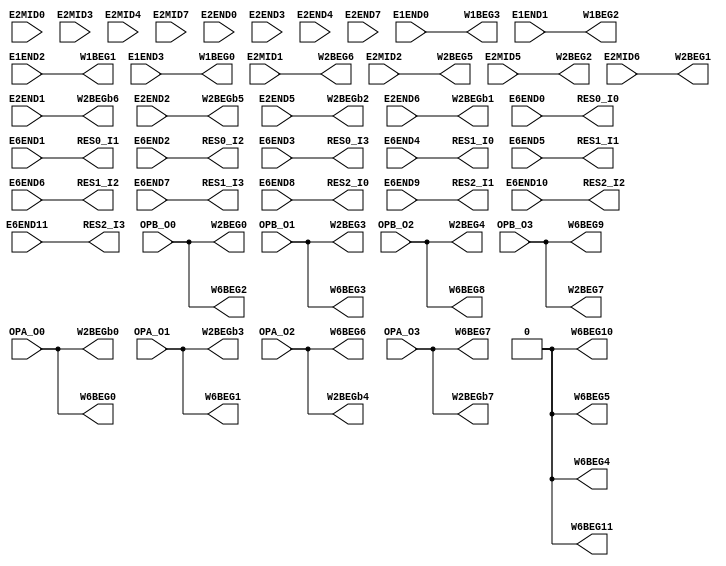
// Copyright 2021 University of Manchester
//
// Licensed under the Apache License, Version 2.0 (the "License");
// you may not use this file except in compliance with the License.
// You may obtain a copy of the License at
//
//      http://www.apache.org/licenses/LICENSE-2.0
//
// Unless required by applicable law or agreed to in writing, software
// distributed under the License is distributed on an "AS IS" BASIS,
// WITHOUT WARRANTIES OR CONDITIONS OF ANY KIND, either express or implied.
// See the License for the specific language governing permissions and
// limitations under the License.

//NumberOfConfigBits:0
module CPU_IO_switch_matrix (E1END0, E1END1, E1END2, E1END3, E2MID0, E2MID1, E2MID2, E2MID3, E2MID4, E2MID5, E2MID6, E2MID7, E2END0, E2END1, E2END2, E2END3, E2END4, E2END5, E2END6, E2END7, E6END0, E6END1, E6END2, E6END3, E6END4, E6END5, E6END6, E6END7, E6END8, E6END9, E6END10, E6END11, OPA_O0, OPA_O1, OPA_O2, OPA_O3, OPB_O0, OPB_O1, OPB_O2, OPB_O3, W1BEG0, W1BEG1, W1BEG2, W1BEG3, W2BEG0, W2BEG1, W2BEG2, W2BEG3, W2BEG4, W2BEG5, W2BEG6, W2BEG7, W2BEGb0, W2BEGb1, W2BEGb2, W2BEGb3, W2BEGb4, W2BEGb5, W2BEGb6, W2BEGb7, W6BEG0, W6BEG1, W6BEG2, W6BEG3, W6BEG4, W6BEG5, W6BEG6, W6BEG7, W6BEG8, W6BEG9, W6BEG10, W6BEG11, RES0_I0, RES0_I1, RES0_I2, RES0_I3, RES1_I0, RES1_I1, RES1_I2, RES1_I3, RES2_I0, RES2_I1, RES2_I2, RES2_I3);
	parameter NoConfigBits = 0;
	 // switch matrix inputs
	input E1END0;
	input E1END1;
	input E1END2;
	input E1END3;
	input E2MID0;
	input E2MID1;
	input E2MID2;
	input E2MID3;
	input E2MID4;
	input E2MID5;
	input E2MID6;
	input E2MID7;
	input E2END0;
	input E2END1;
	input E2END2;
	input E2END3;
	input E2END4;
	input E2END5;
	input E2END6;
	input E2END7;
	input E6END0;
	input E6END1;
	input E6END2;
	input E6END3;
	input E6END4;
	input E6END5;
	input E6END6;
	input E6END7;
	input E6END8;
	input E6END9;
	input E6END10;
	input E6END11;
	input OPA_O0;
	input OPA_O1;
	input OPA_O2;
	input OPA_O3;
	input OPB_O0;
	input OPB_O1;
	input OPB_O2;
	input OPB_O3;
	output W1BEG0;
	output W1BEG1;
	output W1BEG2;
	output W1BEG3;
	output W2BEG0;
	output W2BEG1;
	output W2BEG2;
	output W2BEG3;
	output W2BEG4;
	output W2BEG5;
	output W2BEG6;
	output W2BEG7;
	output W2BEGb0;
	output W2BEGb1;
	output W2BEGb2;
	output W2BEGb3;
	output W2BEGb4;
	output W2BEGb5;
	output W2BEGb6;
	output W2BEGb7;
	output W6BEG0;
	output W6BEG1;
	output W6BEG2;
	output W6BEG3;
	output W6BEG4;
	output W6BEG5;
	output W6BEG6;
	output W6BEG7;
	output W6BEG8;
	output W6BEG9;
	output W6BEG10;
	output W6BEG11;
	output RES0_I0;
	output RES0_I1;
	output RES0_I2;
	output RES0_I3;
	output RES1_I0;
	output RES1_I1;
	output RES1_I2;
	output RES1_I3;
	output RES2_I0;
	output RES2_I1;
	output RES2_I2;
	output RES2_I3;
	//global


	parameter GND0 = 1'b0;
	parameter GND = 1'b0;
	parameter VCC0 = 1'b1;
	parameter VCC = 1'b1;
	parameter VDD0 = 1'b1;
	parameter VDD = 1'b1;
	
	wire [1 -1:0]W1BEG0_input;
	wire [1 -1:0]W1BEG1_input;
	wire [1 -1:0]W1BEG2_input;
	wire [1 -1:0]W1BEG3_input;
	wire [1 -1:0]W2BEG0_input;
	wire [1 -1:0]W2BEG1_input;
	wire [1 -1:0]W2BEG2_input;
	wire [1 -1:0]W2BEG3_input;
	wire [1 -1:0]W2BEG4_input;
	wire [1 -1:0]W2BEG5_input;
	wire [1 -1:0]W2BEG6_input;
	wire [1 -1:0]W2BEG7_input;
	wire [1 -1:0]W2BEGb0_input;
	wire [1 -1:0]W2BEGb1_input;
	wire [1 -1:0]W2BEGb2_input;
	wire [1 -1:0]W2BEGb3_input;
	wire [1 -1:0]W2BEGb4_input;
	wire [1 -1:0]W2BEGb5_input;
	wire [1 -1:0]W2BEGb6_input;
	wire [1 -1:0]W2BEGb7_input;
	wire [1 -1:0]W6BEG0_input;
	wire [1 -1:0]W6BEG1_input;
	wire [1 -1:0]W6BEG2_input;
	wire [1 -1:0]W6BEG3_input;
	wire [1 -1:0]W6BEG4_input;
	wire [1 -1:0]W6BEG5_input;
	wire [1 -1:0]W6BEG6_input;
	wire [1 -1:0]W6BEG7_input;
	wire [1 -1:0]W6BEG8_input;
	wire [1 -1:0]W6BEG9_input;
	wire [1 -1:0]W6BEG10_input;
	wire [1 -1:0]W6BEG11_input;
	wire [1 -1:0]RES0_I0_input;
	wire [1 -1:0]RES0_I1_input;
	wire [1 -1:0]RES0_I2_input;
	wire [1 -1:0]RES0_I3_input;
	wire [1 -1:0]RES1_I0_input;
	wire [1 -1:0]RES1_I1_input;
	wire [1 -1:0]RES1_I2_input;
	wire [1 -1:0]RES1_I3_input;
	wire [1 -1:0]RES2_I0_input;
	wire [1 -1:0]RES2_I1_input;
	wire [1 -1:0]RES2_I2_input;
	wire [1 -1:0]RES2_I3_input;


// The configuration bits (if any) are just a long shift register

// This shift register is padded to an even number of flops/latches
// switch matrix multiplexer  W1BEG0 		MUX-1
	assign W1BEG0 = E1END3;
// switch matrix multiplexer  W1BEG1 		MUX-1
	assign W1BEG1 = E1END2;
// switch matrix multiplexer  W1BEG2 		MUX-1
	assign W1BEG2 = E1END1;
// switch matrix multiplexer  W1BEG3 		MUX-1
	assign W1BEG3 = E1END0;
// switch matrix multiplexer  W2BEG0 		MUX-1
	assign W2BEG0 = OPB_O0;
// switch matrix multiplexer  W2BEG1 		MUX-1
	assign W2BEG1 = E2MID6;
// switch matrix multiplexer  W2BEG2 		MUX-1
	assign W2BEG2 = E2MID5;
// switch matrix multiplexer  W2BEG3 		MUX-1
	assign W2BEG3 = OPB_O1;
// switch matrix multiplexer  W2BEG4 		MUX-1
	assign W2BEG4 = OPB_O2;
// switch matrix multiplexer  W2BEG5 		MUX-1
	assign W2BEG5 = E2MID2;
// switch matrix multiplexer  W2BEG6 		MUX-1
	assign W2BEG6 = E2MID1;
// switch matrix multiplexer  W2BEG7 		MUX-1
	assign W2BEG7 = OPB_O3;
// switch matrix multiplexer  W2BEGb0 		MUX-1
	assign W2BEGb0 = OPA_O0;
// switch matrix multiplexer  W2BEGb1 		MUX-1
	assign W2BEGb1 = E2END6;
// switch matrix multiplexer  W2BEGb2 		MUX-1
	assign W2BEGb2 = E2END5;
// switch matrix multiplexer  W2BEGb3 		MUX-1
	assign W2BEGb3 = OPA_O1;
// switch matrix multiplexer  W2BEGb4 		MUX-1
	assign W2BEGb4 = OPA_O2;
// switch matrix multiplexer  W2BEGb5 		MUX-1
	assign W2BEGb5 = E2END2;
// switch matrix multiplexer  W2BEGb6 		MUX-1
	assign W2BEGb6 = E2END1;
// switch matrix multiplexer  W2BEGb7 		MUX-1
	assign W2BEGb7 = OPA_O3;
// switch matrix multiplexer  W6BEG0 		MUX-1
	assign W6BEG0 = OPA_O0;
// switch matrix multiplexer  W6BEG1 		MUX-1
	assign W6BEG1 = OPA_O1;
// switch matrix multiplexer  W6BEG2 		MUX-1
	assign W6BEG2 = OPB_O0;
// switch matrix multiplexer  W6BEG3 		MUX-1
	assign W6BEG3 = OPB_O1;
// switch matrix multiplexer  W6BEG4 		MUX-1
	assign W6BEG4 = GND0;
// switch matrix multiplexer  W6BEG5 		MUX-1
	assign W6BEG5 = GND0;
// switch matrix multiplexer  W6BEG6 		MUX-1
	assign W6BEG6 = OPA_O2;
// switch matrix multiplexer  W6BEG7 		MUX-1
	assign W6BEG7 = OPA_O3;
// switch matrix multiplexer  W6BEG8 		MUX-1
	assign W6BEG8 = OPB_O2;
// switch matrix multiplexer  W6BEG9 		MUX-1
	assign W6BEG9 = OPB_O3;
// switch matrix multiplexer  W6BEG10 		MUX-1
	assign W6BEG10 = GND0;
// switch matrix multiplexer  W6BEG11 		MUX-1
	assign W6BEG11 = GND0;
// switch matrix multiplexer  RES0_I0 		MUX-1
	assign RES0_I0 = E6END0;
// switch matrix multiplexer  RES0_I1 		MUX-1
	assign RES0_I1 = E6END1;
// switch matrix multiplexer  RES0_I2 		MUX-1
	assign RES0_I2 = E6END2;
// switch matrix multiplexer  RES0_I3 		MUX-1
	assign RES0_I3 = E6END3;
// switch matrix multiplexer  RES1_I0 		MUX-1
	assign RES1_I0 = E6END4;
// switch matrix multiplexer  RES1_I1 		MUX-1
	assign RES1_I1 = E6END5;
// switch matrix multiplexer  RES1_I2 		MUX-1
	assign RES1_I2 = E6END6;
// switch matrix multiplexer  RES1_I3 		MUX-1
	assign RES1_I3 = E6END7;
// switch matrix multiplexer  RES2_I0 		MUX-1
	assign RES2_I0 = E6END8;
// switch matrix multiplexer  RES2_I1 		MUX-1
	assign RES2_I1 = E6END9;
// switch matrix multiplexer  RES2_I2 		MUX-1
	assign RES2_I2 = E6END10;
// switch matrix multiplexer  RES2_I3 		MUX-1
	assign RES2_I3 = E6END11;

endmodule